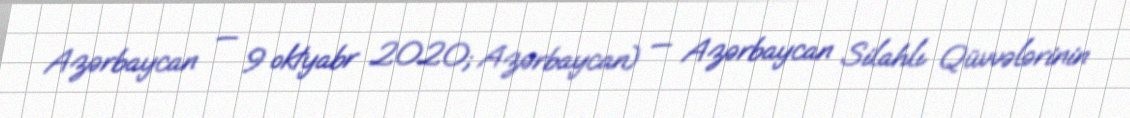
Azərbaycan — 9 oktyabr 2020; Azərbaycan) — Azərbaycan Silahlı Qüvvələrinin